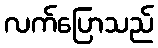
လက်ပြောသည်